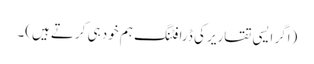
(اگر ایسی تقاریر کی ڈرافٹنگ ہم خود ہی کرتے ہیں)۔